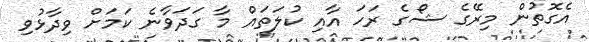
އެގޮތުން މިރޭގެ ޝޯގެ ރަހަ އާއި ކުލަތައް މާ ގަދަވާނެ ކަމަށް ވިދާޅުވި